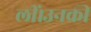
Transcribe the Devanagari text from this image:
लीं।उनकी